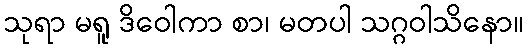
သုရာ မရူ ဒိဝေါကာ စာ၊ မတပါ သဂ္ဂဝါသိနော။